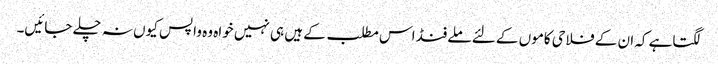
لگتاہے کہ ان کے فلاحی کاموں کے لئے ملے فنڈ اس مطلب کے ہیں ہی نہیں خواہ وہ واپس کیوں نہ چلے جائیں۔